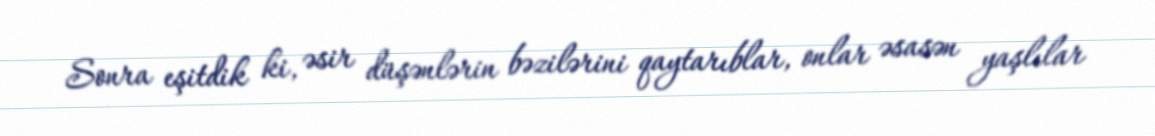
Sonra eşitdik ki, əsir düşənlərin bəzilərini qaytarıblar, onlar əsasən yaşlılar